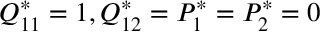
Q _ { 1 1 } ^ { * } = 1 , Q _ { 1 2 } ^ { * } = P _ { 1 } ^ { * } = P _ { 2 } ^ { * } = 0